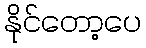
နိုင်တော့ပေ